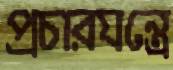
প্রচারযন্ত্রে